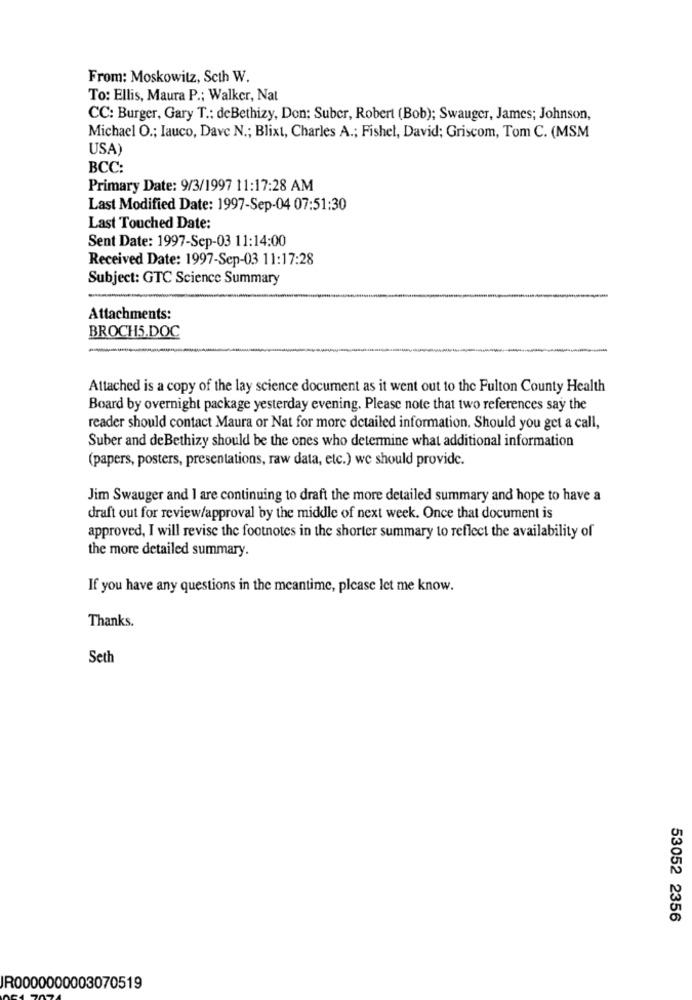
From: Moskowitz, Scth W.
To: Ellis, Maura P .; Walker, Nat
CC: Burger, Gary T .: deBethizy, Don: Suber, Robert (Bob); Swauger, James; Johnson,
Michael O .; Iauco, Dave N .; Blixt, Charles A .; Fishel, David; Griscom, Tom C. (MSM
USA)
BCC:
Primary Date: 9/3/1997 11:17:28 AM
Last Modified Date: 1997-Sep-04 07:51:30
Last Touched Date:
Sent Date: 1997-Sep-03 11:14:00
Received Date: 1997-Sep-03 11:17:28
Subject: GTC Science Summary
Attachments:
BROCHS.DOC
Attached is a copy of the lay science document as it went out to the Fulton County Health
Board by overnight package yesterday evening. Please note that two references say the
reader should contact Maura or Nat for more detailed information. Should you get a call,
Suber and deBethizy should be the ones who determine what additional information
(papers, posters, presentations, raw data, etc.) we should provide.
Jim Swauger and I are continuing to draft the more detailed summary and hope to have a
draft out for review/approval by the middle of next week. Once that document is
approved, I will revise the footnotes in the shorter summary to reflect the availability of
the more detailed summary.
If you have any questions in the meantime, please let me know.
Thanks.
Seth
53052 2356
R0000000003070519